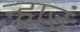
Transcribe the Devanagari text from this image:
न्हाउं